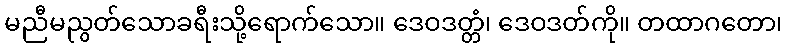
မညီမညွတ်သောခရီးသို့ရောက်သော။ ဒေဝဒတ္တံ၊ ဒေဝဒတ်ကို။ တထာဂတော၊